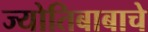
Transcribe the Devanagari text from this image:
ज्योतिबाबाचे